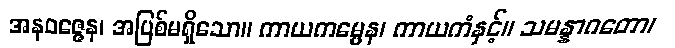
အနဝဇ္ဇေန၊ အပြစ်မရှိသော။ ကာယကမ္မေန၊ ကာယကံနှင့်။ သမန္နာဂတော၊